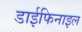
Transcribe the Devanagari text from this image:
डाईफिनाइल